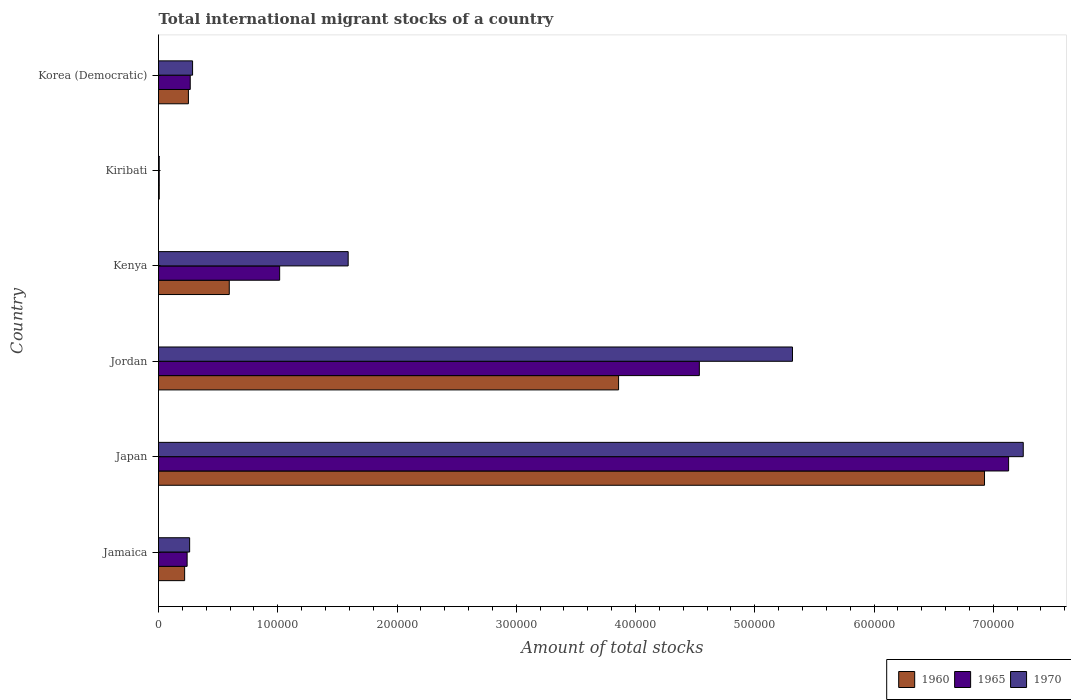
| Country | 1960 | 1965 | 1970 |
 | --- | --- | --- | --- |
 | Jamaica | 2.19e+04 | 2.4e+04 | 2.61e+04 |
 | Japan | 6.93e+05 | 7.13e+05 | 7.25e+05 |
 | Jordan | 3.86e+05 | 4.54e+05 | 5.32e+05 |
 | Kenya | 5.93e+04 | 1.02e+05 | 1.59e+05 |
 | Kiribati | 610 | 602 | 587 |
 | Korea (Democratic) | 2.51e+04 | 2.66e+04 | 2.86e+04 |